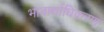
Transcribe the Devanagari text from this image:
भावार्थाधिकरण